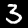
Label: 3